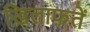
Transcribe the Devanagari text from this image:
ख़िलाफ़तें